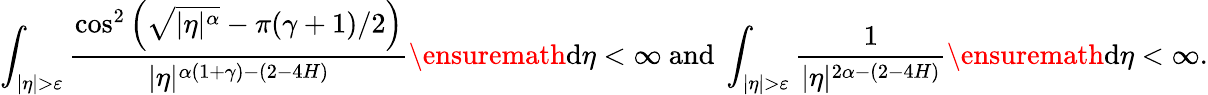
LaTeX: \int_{|\eta|>\varepsilon}\frac{\cos^{2}\left(\sqrt{|\eta|^{\alpha}}-\pi(\gamma+1)/2\right)}{|\eta|^{\alpha(1+\gamma)-(2-4H)}}\ensuremath{\mathrm{d}}\eta<\infty\mathrm{~and~}\int_{|\eta|>\varepsilon}\frac{1}{|\eta|^{2\alpha-(2-4H)}}\ensuremath{\mathrm{d}}\eta<\infty.